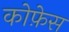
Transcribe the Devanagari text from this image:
कोफ़ेस